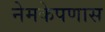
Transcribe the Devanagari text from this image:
नेमकेपणास